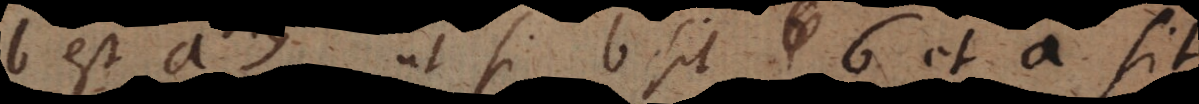
b est a, ut si b sit 6 et a sit